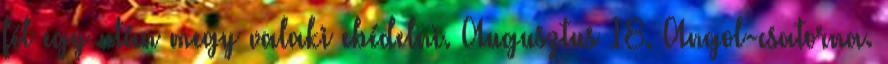
fél egy után megy valaki ebédelni. Augusztus 18. Angol-csatorna.